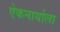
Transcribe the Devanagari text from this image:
एेकनार्याला